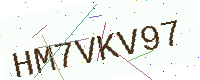
Text: HM7VKV97